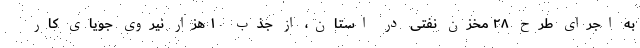
به اجرای طرح ۲۸ مخزن نفتی در استان، از جذب ۱۰ هزار نیروی جویای کار